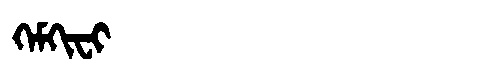
Manchu: ᡴᡝᠮᡴᡳᠸᡳ
Romanization: KEMKIFI